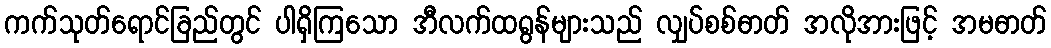
ကက်သုတ်ရောင်ခြည်တွင် ပါရှိကြသော အီလက်ထရွန်များသည် လျှပ်စစ်ဓာတ် အလိုအားဖြင့် အမဓာတ်